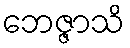
ဘေဇ္ဇာသိ